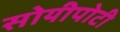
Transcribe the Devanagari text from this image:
सोयीपोटी